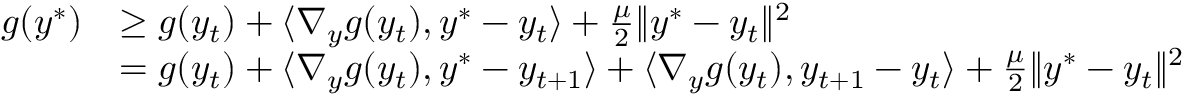
\begin{array} { r l } { g ( y ^ { * } ) } & { \geq g ( y _ { t } ) + \langle \nabla _ { y } g ( y _ { t } ) , y ^ { * } - y _ { t } \rangle + \frac { \mu } { 2 } \| y ^ { * } - y _ { t } \| ^ { 2 } } \\ & { = g ( y _ { t } ) + \langle \nabla _ { y } g ( y _ { t } ) , y ^ { * } - y _ { t + 1 } \rangle + \langle \nabla _ { y } g ( y _ { t } ) , y _ { t + 1 } - y _ { t } \rangle + \frac { \mu } { 2 } \| y ^ { * } - y _ { t } \| ^ { 2 } } \end{array}